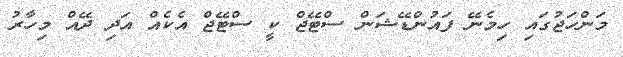
މަންހަޖުގައި ހިމެނޭ ފައުންޑޭޝަން ސްޓޭޖް ކީ ސްޓޭޖް އެކެއް އަދި ދޭއް މިހާރު